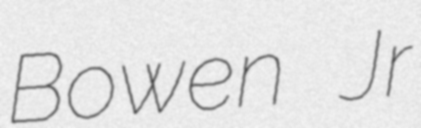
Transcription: Bowen Jr